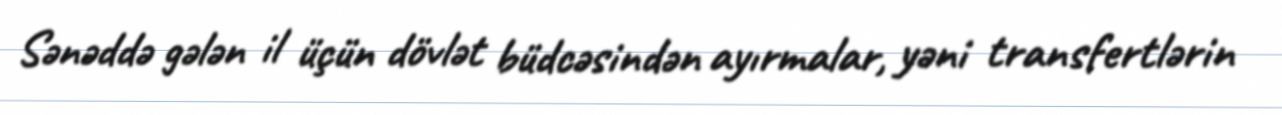
Sənəddə gələn il üçün dövlət büdcəsindən ayırmalar, yəni transfertlərin